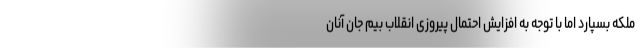
ملکه بسپارد اما با توجه به افزایش احتمال پیروزی انقلاب بیم جان آنان